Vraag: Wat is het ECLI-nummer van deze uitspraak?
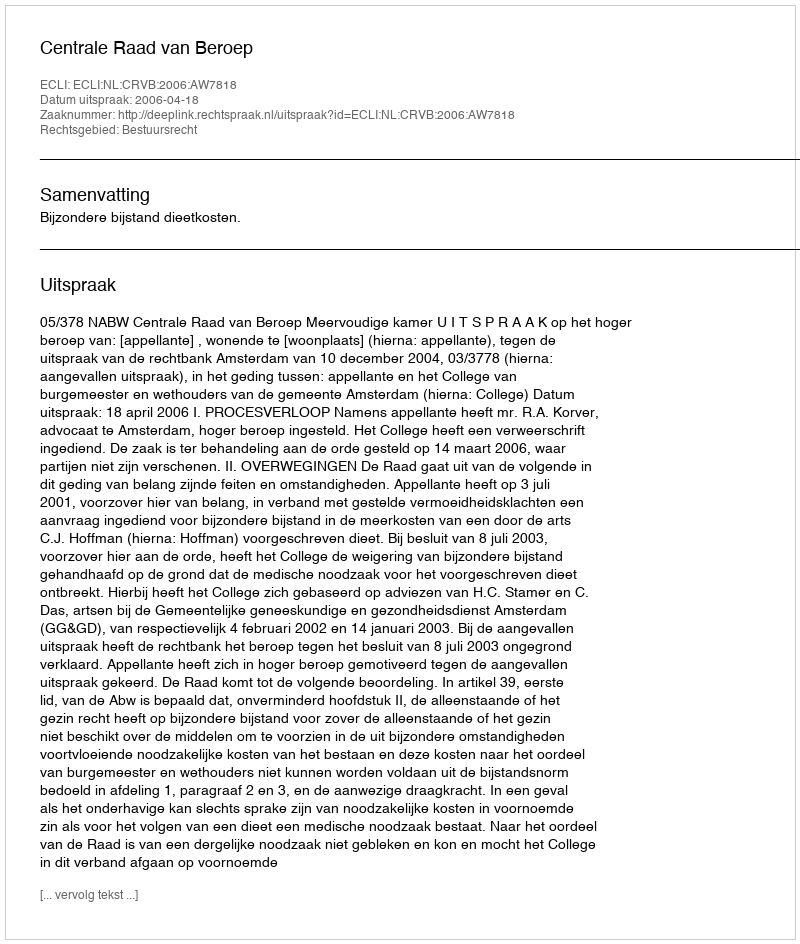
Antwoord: ECLI:NL:CRVB:2006:AW7818